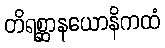
တိရစ္ဆာနယောနိကထံ